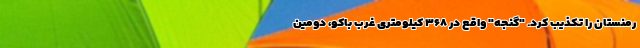
رمنستان را تکذیب کرد. "گنجه" واقع در ۳۶۸ کیلومتری غرب باکو، دومین